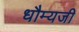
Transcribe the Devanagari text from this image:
धौम्यजी